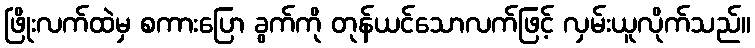
ဖြိုးလက်ထဲမှ စကားပြော ခွက်ကို တုန်ယင်သောလက်ဖြင့် လှမ်းယူလိုက်သည်။